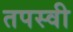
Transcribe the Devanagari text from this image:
तपस्‍वी